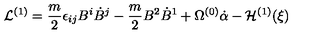
{ \cal L } ^ { ( 1 ) } = \frac { m } { 2 } \epsilon _ { i j } B ^ { i } \dot { B } ^ { j } - \frac { m } { 2 } B ^ { 2 } \dot { B } ^ { 1 } + \Omega ^ { ( 0 ) } \dot { \alpha } - { \cal H } ^ { ( 1 ) } ( \xi )